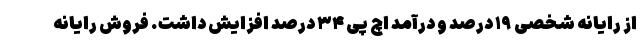
از رایانه شخصی ۱۹ درصد و درآمد اچ پی ۳۴ درصد افزایش داشت. فروش رایانه